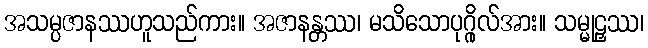
အသမ္ပဇာနဿဟူသည်ကား။ အဇာနန္တဿ၊ မသိသောပုဂ္ဂိုလ်အား။ သမ္မုဠှဿ၊